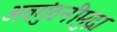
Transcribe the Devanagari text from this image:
अवगुंठनीमुद्रा